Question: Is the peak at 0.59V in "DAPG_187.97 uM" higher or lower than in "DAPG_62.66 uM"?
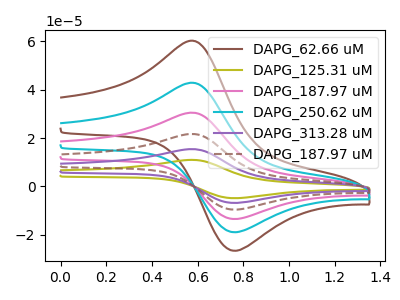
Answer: <think>The brown curve "DAPG_62.66 uM" has an anodic peak at (0.60V, 59.85uA) and a cathodic peak at (0.75V, -26.45uA). The olive curve "DAPG_125.31 uM" has an anodic peak at (0.60V, 212.90uA) and a cathodic peak at (0.75V, -94.15uA). The pink curve "DAPG_187.97 uM" has an anodic peak at (0.60V, 85.15uA) and a cathodic peak at (0.75V, -37.65uA). The cyan curve "DAPG_250.62 uM" has an anodic peak at (0.60V, 42.60uA) and a cathodic peak at (0.75V, -18.85uA). The purple curve "DAPG_313.28 uM" has an anodic peak at (0.60V, 170.30uA) and a cathodic peak at (0.75V, -75.35uA). The brown dashed curve "DAPG_187.97 uM" has an anodic peak at (0.60V, 127.75uA) and a cathodic peak at (0.75V, -56.50uA).</think>
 <answer>The peak at 0.59V is higher in "DAPG_187.97 uM" than in "DAPG_62.66 uM".</answer>
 <eval>higher</eval>